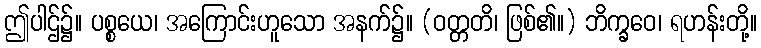
ဤပါဌ်၌။ ပစ္စယေ၊ အကြောင်းဟူသော အနက်၌။ (ဝတ္တတိ၊ ဖြစ်၏။) ဘိက္ခဝေ၊ ရဟန်းတို့။